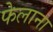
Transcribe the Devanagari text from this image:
फेलाना